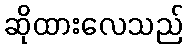
ဆိုထားလေသည်